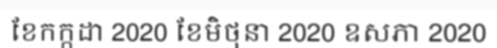
ខែកក្កដា 2020 ខែមិថុនា 2020 ឧសភា 2020